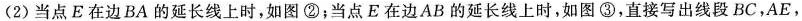
(2)当点E在边BA的延长线上时，如图②；当点E在边AB的延长线上时，如图③，直接写出线段BC，AE，